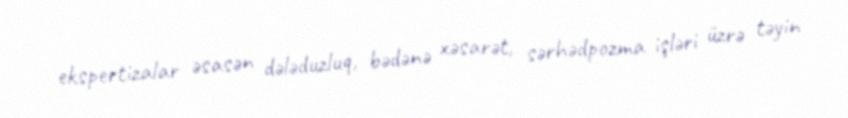
ekspertizalar əsasən dələduzluq, bədənə xəsarət, sərhədpozma işləri üzrə təyin